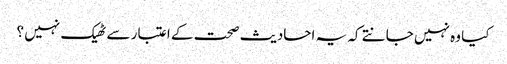
کیا وہ نہیں جانتے کہ یہ احادیث صحت کے اعتبار سے ٹھیک نہیں ؟